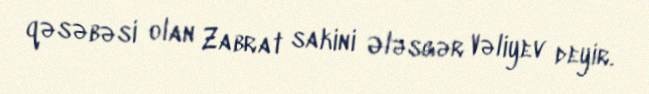
qəsəbəsi olan Zabrat sakini Ələsgər Vəliyev deyir.